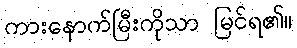
ကားနောက်မြီးကိုသာ မြင်ရ၏။